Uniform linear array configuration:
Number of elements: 8
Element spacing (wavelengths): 0.75
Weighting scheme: exponential
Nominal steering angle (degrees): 30
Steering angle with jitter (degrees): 28.384
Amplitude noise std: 0.05
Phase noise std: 0.05

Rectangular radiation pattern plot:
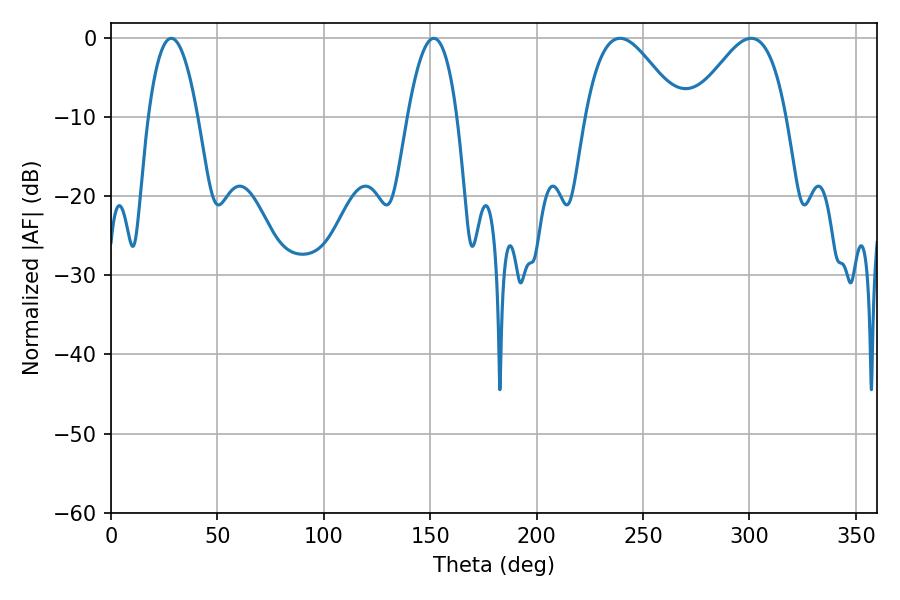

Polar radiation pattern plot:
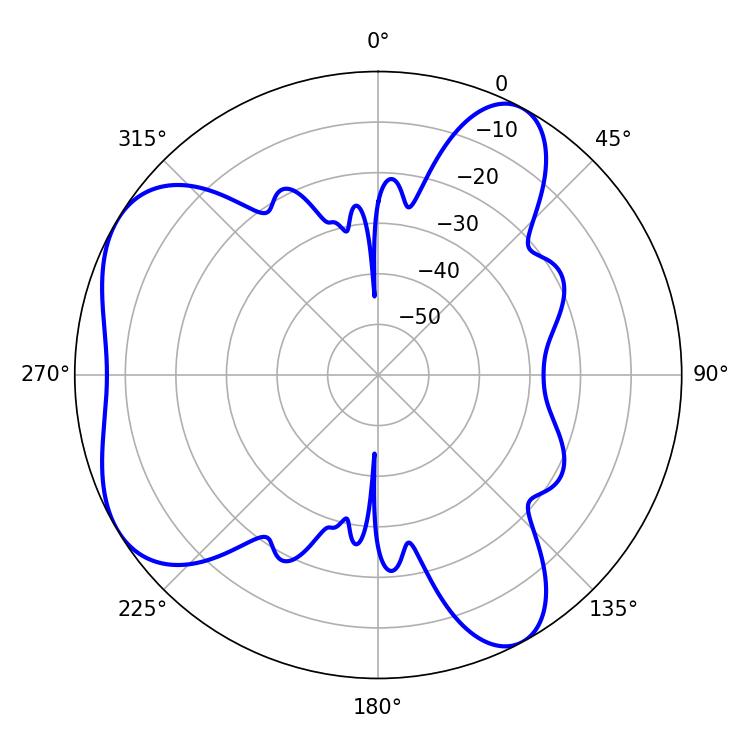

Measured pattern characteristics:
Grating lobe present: TRUE
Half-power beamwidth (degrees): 23.76
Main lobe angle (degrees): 239.22